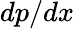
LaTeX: dp/dx